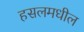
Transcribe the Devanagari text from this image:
हसलमधील